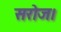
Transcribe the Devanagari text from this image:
सरोज।